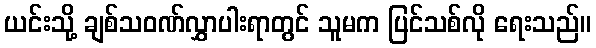
ယင်းသို့ ချစ်သဝဏ်လွှာပါးရာတွင် သူမက ပြင်သစ်လို ရေးသည်။